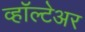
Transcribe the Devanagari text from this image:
व्हॉल्टेअर